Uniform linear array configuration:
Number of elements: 48
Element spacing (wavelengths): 0.75
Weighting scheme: hamming
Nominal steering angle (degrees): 45
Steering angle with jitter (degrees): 45.835
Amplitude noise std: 0.05
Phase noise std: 0.05

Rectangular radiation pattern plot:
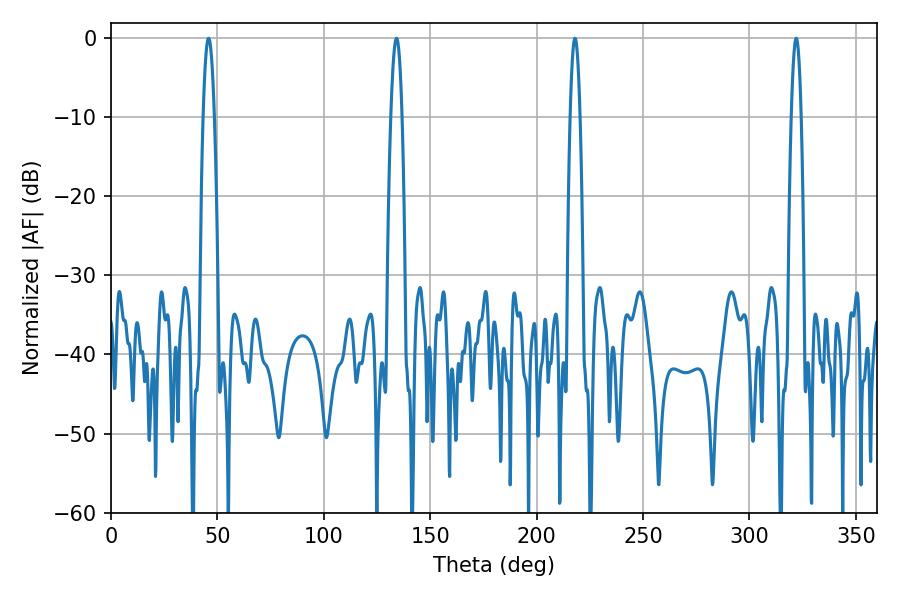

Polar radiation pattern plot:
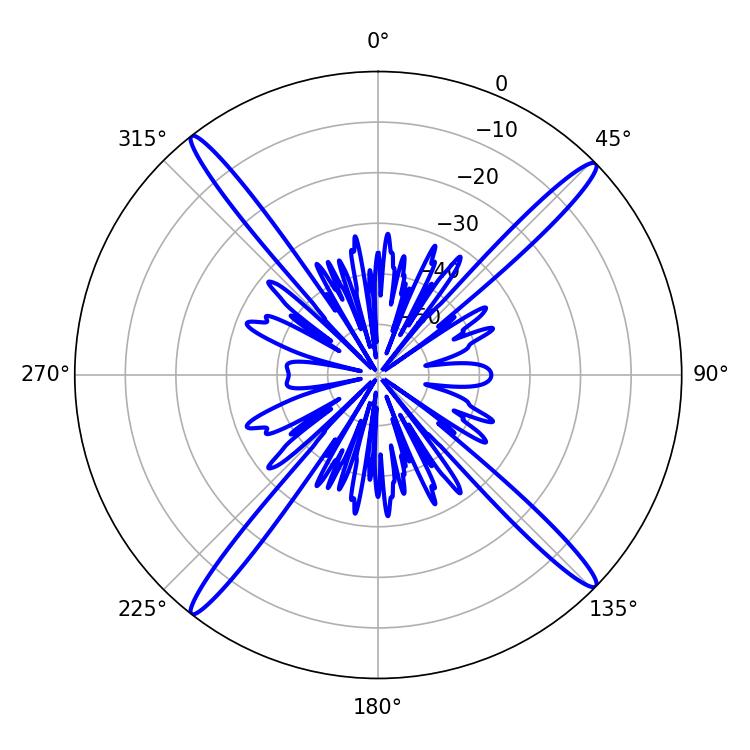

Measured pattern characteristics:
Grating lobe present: TRUE
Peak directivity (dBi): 20.211
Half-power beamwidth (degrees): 2.52
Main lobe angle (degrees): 217.98